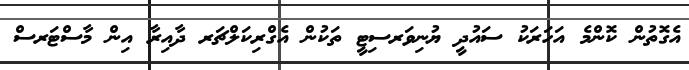
އެގޮތުން ކޮންމެ އަހަރަކު ސައުދީ ޔުނިވަރސިޓީ ތަކުން އެގްރިކަލްޗަރ ދާއިރާ އިން މާސްޓަރސް